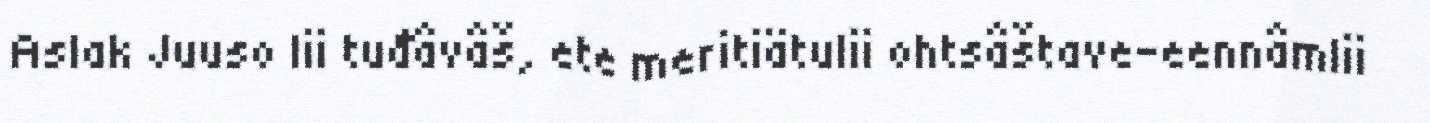
Aslak Juuso lii tuđâvâš, ete meritiätulii ohtsâštave-eennâmlii